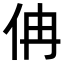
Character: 𠇦